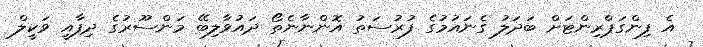
އެ ފިންގަޕްރިންޓަށް ބަދަލު ގެނައުމުގެ ފުރުސަތު އޮންނާނެތޯ ދައުވާލިބޭ މަންސޫރުގެ ދިފާއީ ވަކީލް